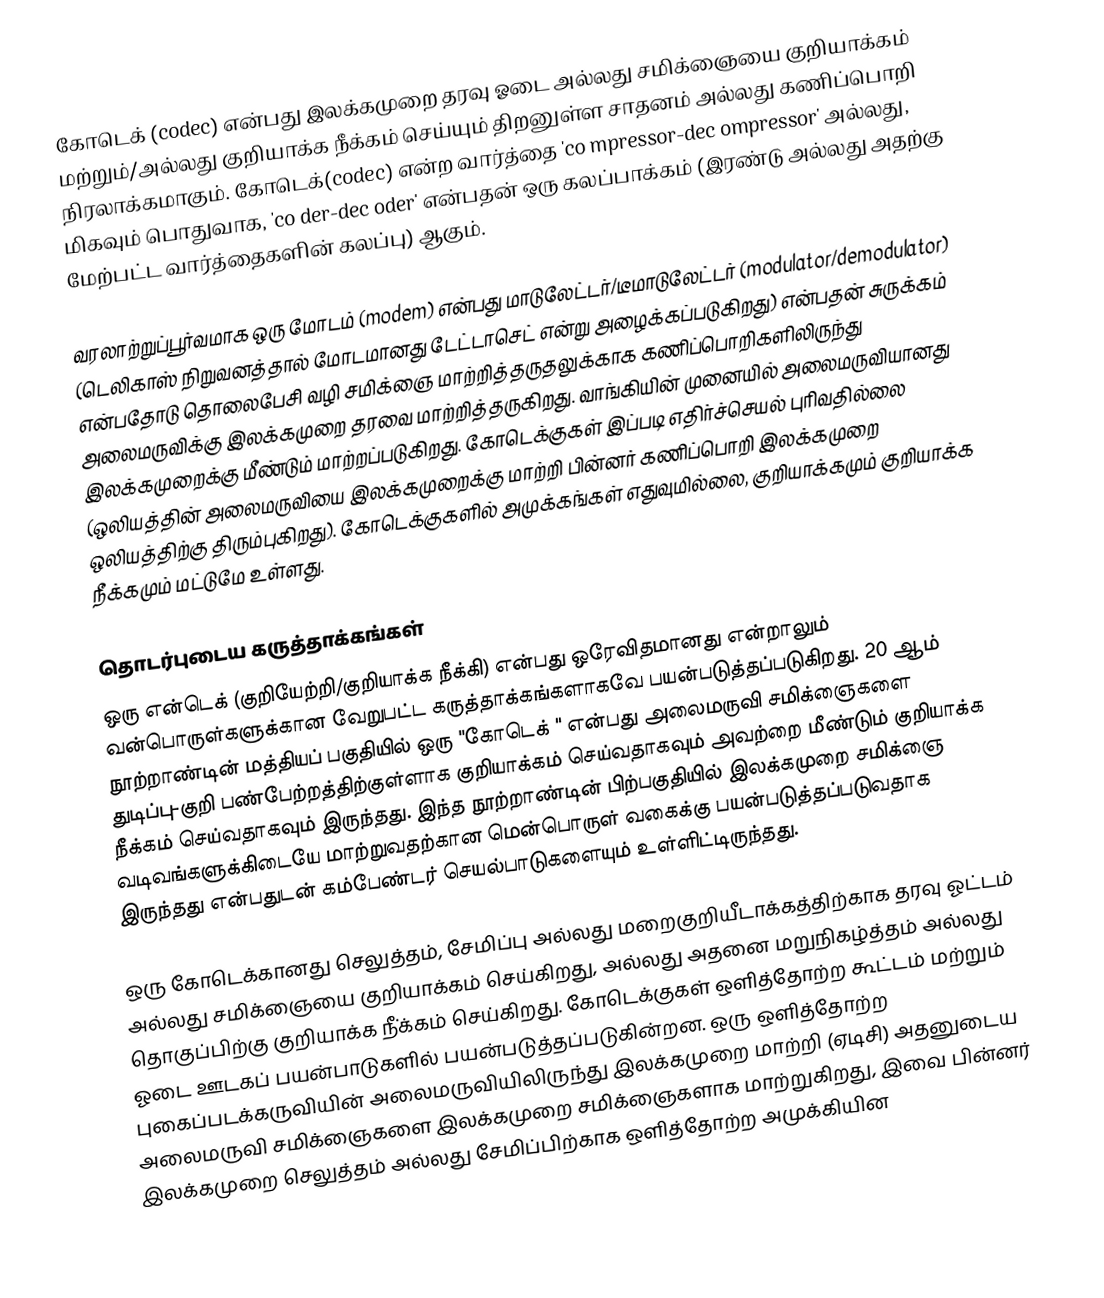
கோடெக் (codec) என்பது இலக்கமுறை தரவு ஓடை அல்லது சமிக்ஞையை குறியாக்கம் மற்றும்/அல்லது குறியாக்க நீக்கம் செய்யும் திறனுள்ள சாதனம் அல்லது கணிப்பொறி நிரலாக்கமாகும். கோடெக்(codec)  என்ற வார்த்தை 'co mpressor-dec ompressor' அல்லது, மிகவும் பொதுவாக, 'co der-dec oder' என்பதன் ஒரு கலப்பாக்கம் (இரண்டு அல்லது அதற்கு மேற்பட்ட வார்த்தைகளின் கலப்பு) ஆகும்.

வரலாற்றுப்பூர்வமாக ஒரு மோடம் (modem) என்பது மாடுலேட்டர்/டீமாடுலேட்டர் (modulator/demodulator) (டெலிகாஸ் நிறுவனத்தால் மோடமானது டேட்டாசெட் என்று அழைக்கப்படுகிறது) என்பதன் சுருக்கம் என்பதோடு தொலைபேசி வழி சமிக்ஞை மாற்றித்தருதலுக்காக கணிப்பொறிகளிலிருந்து அலைமருவிக்கு இலக்கமுறை தரவை மாற்றித்தருகிறது. வாங்கியின் முனையில் அலைமருவியானது இலக்கமுறைக்கு மீண்டும் மாற்றப்படுகிறது. கோடெக்குகள் இப்படி எதிர்ச்செயல் புரிவதில்லை (ஒலியத்தின் அலைமருவியை இலக்கமுறைக்கு மாற்றி பின்னர் கணிப்பொறி இலக்கமுறை ஒலியத்திற்கு திரும்புகிறது). கோடெக்குகளில் அமுக்கங்கள் எதுவுமில்லை, குறியாக்கமும் குறியாக்க நீக்கமும் மட்டுமே உள்ளது.

தொடர்புடைய கருத்தாக்கங்கள்
ஒரு என்டெக் (குறியேற்றி/குறியாக்க நீக்கி) என்பது ஒரேவிதமானது என்றாலும் வன்பொருள்களுக்கான வேறுபட்ட கருத்தாக்கங்களாகவே பயன்படுத்தப்படுகிறது. 20 ஆம் நூற்றாண்டின் மத்தியப் பகுதியில் ஒரு "கோடெக் " என்பது அலைமருவி சமிக்ஞைகளை துடிப்பு-குறி பண்பேற்றத்திற்குள்ளாக குறியாக்கம் செய்வதாகவும் அவற்றை மீண்டும் குறியாக்க நீக்கம் செய்வதாகவும் இருந்தது. இந்த நூற்றாண்டின் பிற்பகுதியில் இலக்கமுறை சமிக்ஞை வடிவங்களுக்கிடையே மாற்றுவதற்கான மென்பொருள் வகைக்கு பயன்படுத்தப்படுவதாக இருந்தது என்பதுடன் கம்பேண்டர் செயல்பாடுகளையும் உள்ளிட்டிருந்தது.

ஒரு கோடெக்கானது செலுத்தம், சேமிப்பு அல்லது மறைகுறியீடாக்கத்திற்காக தரவு ஓட்டம் அல்லது சமிக்ஞையை குறியாக்கம் செய்கிறது, அல்லது அதனை மறுநிகழ்த்தம் அல்லது தொகுப்பிற்கு குறியாக்க நீ்க்கம் செய்கிறது. கோடெக்குகள் ஒளித்தோற்ற கூட்டம் மற்றும் ஓடை ஊடகப் பயன்பாடுகளில் பயன்படுத்தப்படுகின்றன. ஒரு ஒளித்தோற்ற புகைப்படக்கருவியின் அலைமருவியிலிருந்து இலக்கமுறை மாற்றி (ஏடிசி) அதனுடைய அலைமருவி சமிக்ஞைகளை இலக்கமுறை சமிக்ஞைகளாக மாற்றுகிறது, இவை பின்னர் இலக்கமுறை செலுத்தம் அல்லது சேமிப்பிற்காக ஒளித்தோற்ற அமுக்கியின